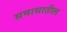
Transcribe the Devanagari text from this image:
समासातील